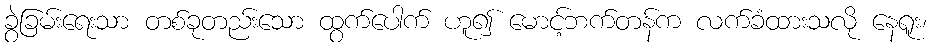
ခွဲခြမ်းရေးသာ တစ်ခုတည်းသော ထွက်ပေါက် ဟူ၍ မောင့်ဘက်တန်က လက်ခံထားသလို နေရူး၊